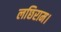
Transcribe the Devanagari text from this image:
लछिराम।